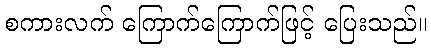
စကားလက် ကြောက်ကြောက်ဖြင့် ပြေးသည်။